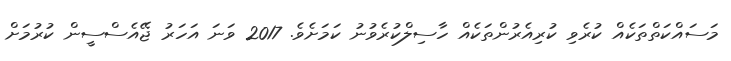
މަސައްކަތްތަކެއް ކުރެވި ކުރިއެރުންތަކެއް ހާސިލްކުރެވުނު ކަމަށެވެ. 2017 ވަނަ އަހަރު ޖޭއެސްސީން ކުރުމަށް